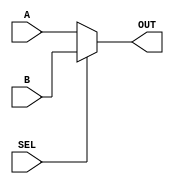
//2:1 Multiplexer realized using behavioral modeling.
`timescale 1ns/1ps
module mux2_1(SEL, A, B, OUT);
input SEL, A, B;
output OUT;
reg OUT;

always @(SEL or A or B) 
begin
   if(SEL) 
      OUT = B;
   else 
      OUT = A;
end
endmodule